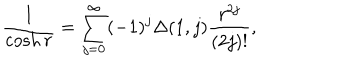
LaTeX: \frac { 1 } { \cosh r } = \sum _ { j = 0 } ^ { \infty } ( - 1 ) ^ { j } \Delta ( 1 , j ) \frac { r ^ { 2 j } } { ( 2 j ) ! } ,